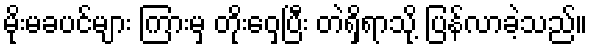
မိုးမခပင်များ ကြားမှ တိုးဝှေ့ပြီး တဲရှိရာသို့ ပြန်လာခဲ့သည်။